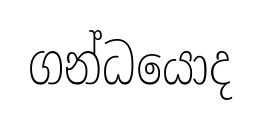
ගන්ධයොද